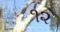
૧૨